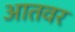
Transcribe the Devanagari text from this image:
आतवर